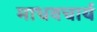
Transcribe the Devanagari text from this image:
माधवचार्य